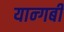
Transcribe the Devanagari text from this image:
यान्गबी